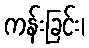
ကန်းခြင်း၊